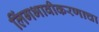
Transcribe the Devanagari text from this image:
लिंगभावीकरणाचा